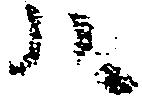
ハ